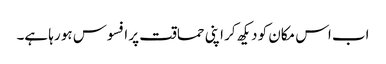
اب اس مکان کو دیکھ کر اپنی حماقت پر افسوس ہو رہا ہے۔